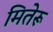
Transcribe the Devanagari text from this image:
मितेरू